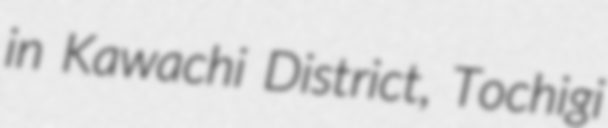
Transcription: in Kawachi District, Tochigi